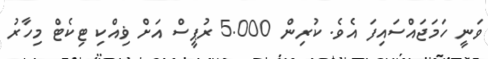
ވަނީ ހަމަޖައްސައިފަ އެވެ. ކުރިން 5.000 ރުޕީސް އަށް ޥިއްކި ޓިކެޓް މިހާރު